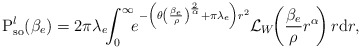
\begin{align*} \textrm{P}_\textrm{so}^{l}(\beta_e) = 2 \pi \lambda_e \!\! \int_{0}^{\infty} \!\! e^{ - \left( \theta \left( \frac{\beta_e}{\rho}\right )^{\frac{2}{\alpha}} + \pi \lambda_e\right )r^2 } \mathcal{L}_{W} \!\! \left(\frac{\beta_e}{\rho} r^\alpha \! \right) r \mathrm{d}{r},\end{align*}